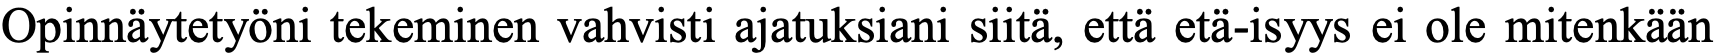
Opinnäytetyöni tekeminen vahvisti ajatuksiani siitä, että etä-isyys ei ole mitenkään